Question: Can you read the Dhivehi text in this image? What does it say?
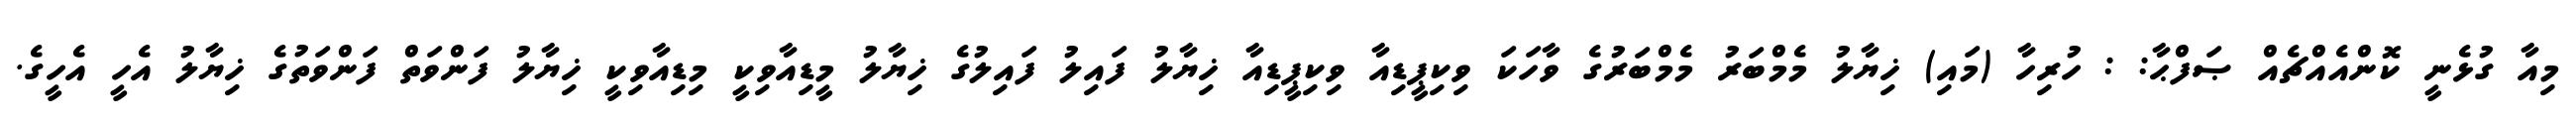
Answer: މިއާ ގުޅެނީ ކޮންއެއްޗެއް ޞަފްޙާ: : ހުރިހާ (މައި) ޚިޔާލު މެމްބަރު މެމްބަރުގެ ވާހަކަ ވިކިޕީޑިއާ ވިކިޕީޑިއާ ޚިޔާލު ފައިލު ފައިލުގެ ޚިޔާލު މީޑިއާވިކީ މިޑިއާވިކީ ޚިޔާލު ފަންވަތް ފަންވަތުގެ ޚިޔާލު އެހީ އެހީގެ.